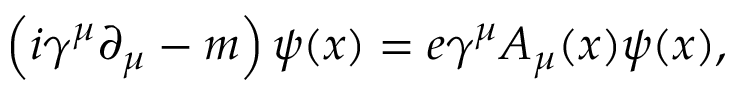
\left( i \gamma ^ { \mu } \partial _ { \mu } - m \right) \psi ( x ) = e \gamma ^ { \mu } A _ { \mu } ( x ) \psi ( x ) ,